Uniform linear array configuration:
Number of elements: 8
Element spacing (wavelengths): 1
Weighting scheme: cosine
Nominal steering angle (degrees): -30
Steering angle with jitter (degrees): -30.132
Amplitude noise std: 0.05
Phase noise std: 0.05

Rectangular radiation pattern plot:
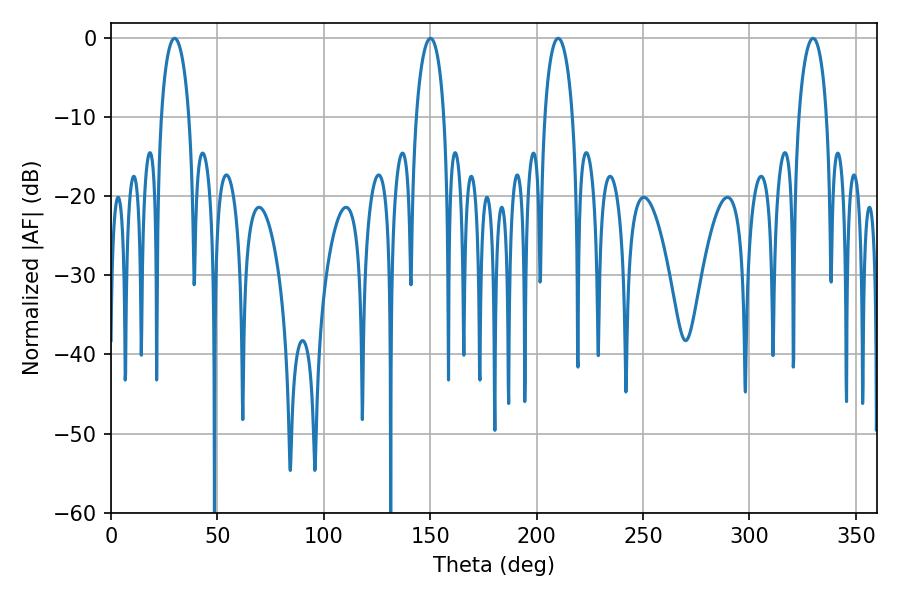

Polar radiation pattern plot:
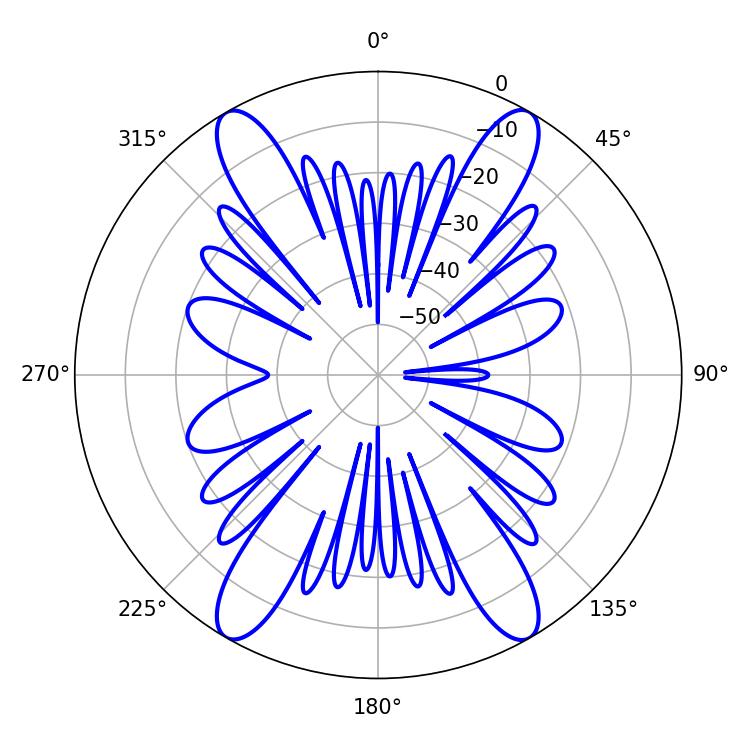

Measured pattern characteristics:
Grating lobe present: TRUE
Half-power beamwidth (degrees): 7.38
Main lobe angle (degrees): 29.88